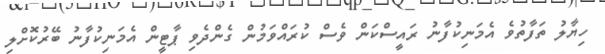
ހިޔާލު ތަފާތުވެ އެމަނިކުފާނު ރައީސްކަން ވެސް ކުރައްވަމުން ގެންދެވި ޕާޓީން އެމަނިކުފާނު ބޭރުކޮށްލި